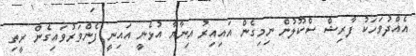
އެއްދުވަހަކު ފާރިޝް ސްކޫލުން ނިމިގެން އައިއިރު އިނާޔާ އުޅެނީ އައިނީ ފެންވަރުވައިގެން ރީތި